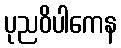
ပုညဝိပါကေန